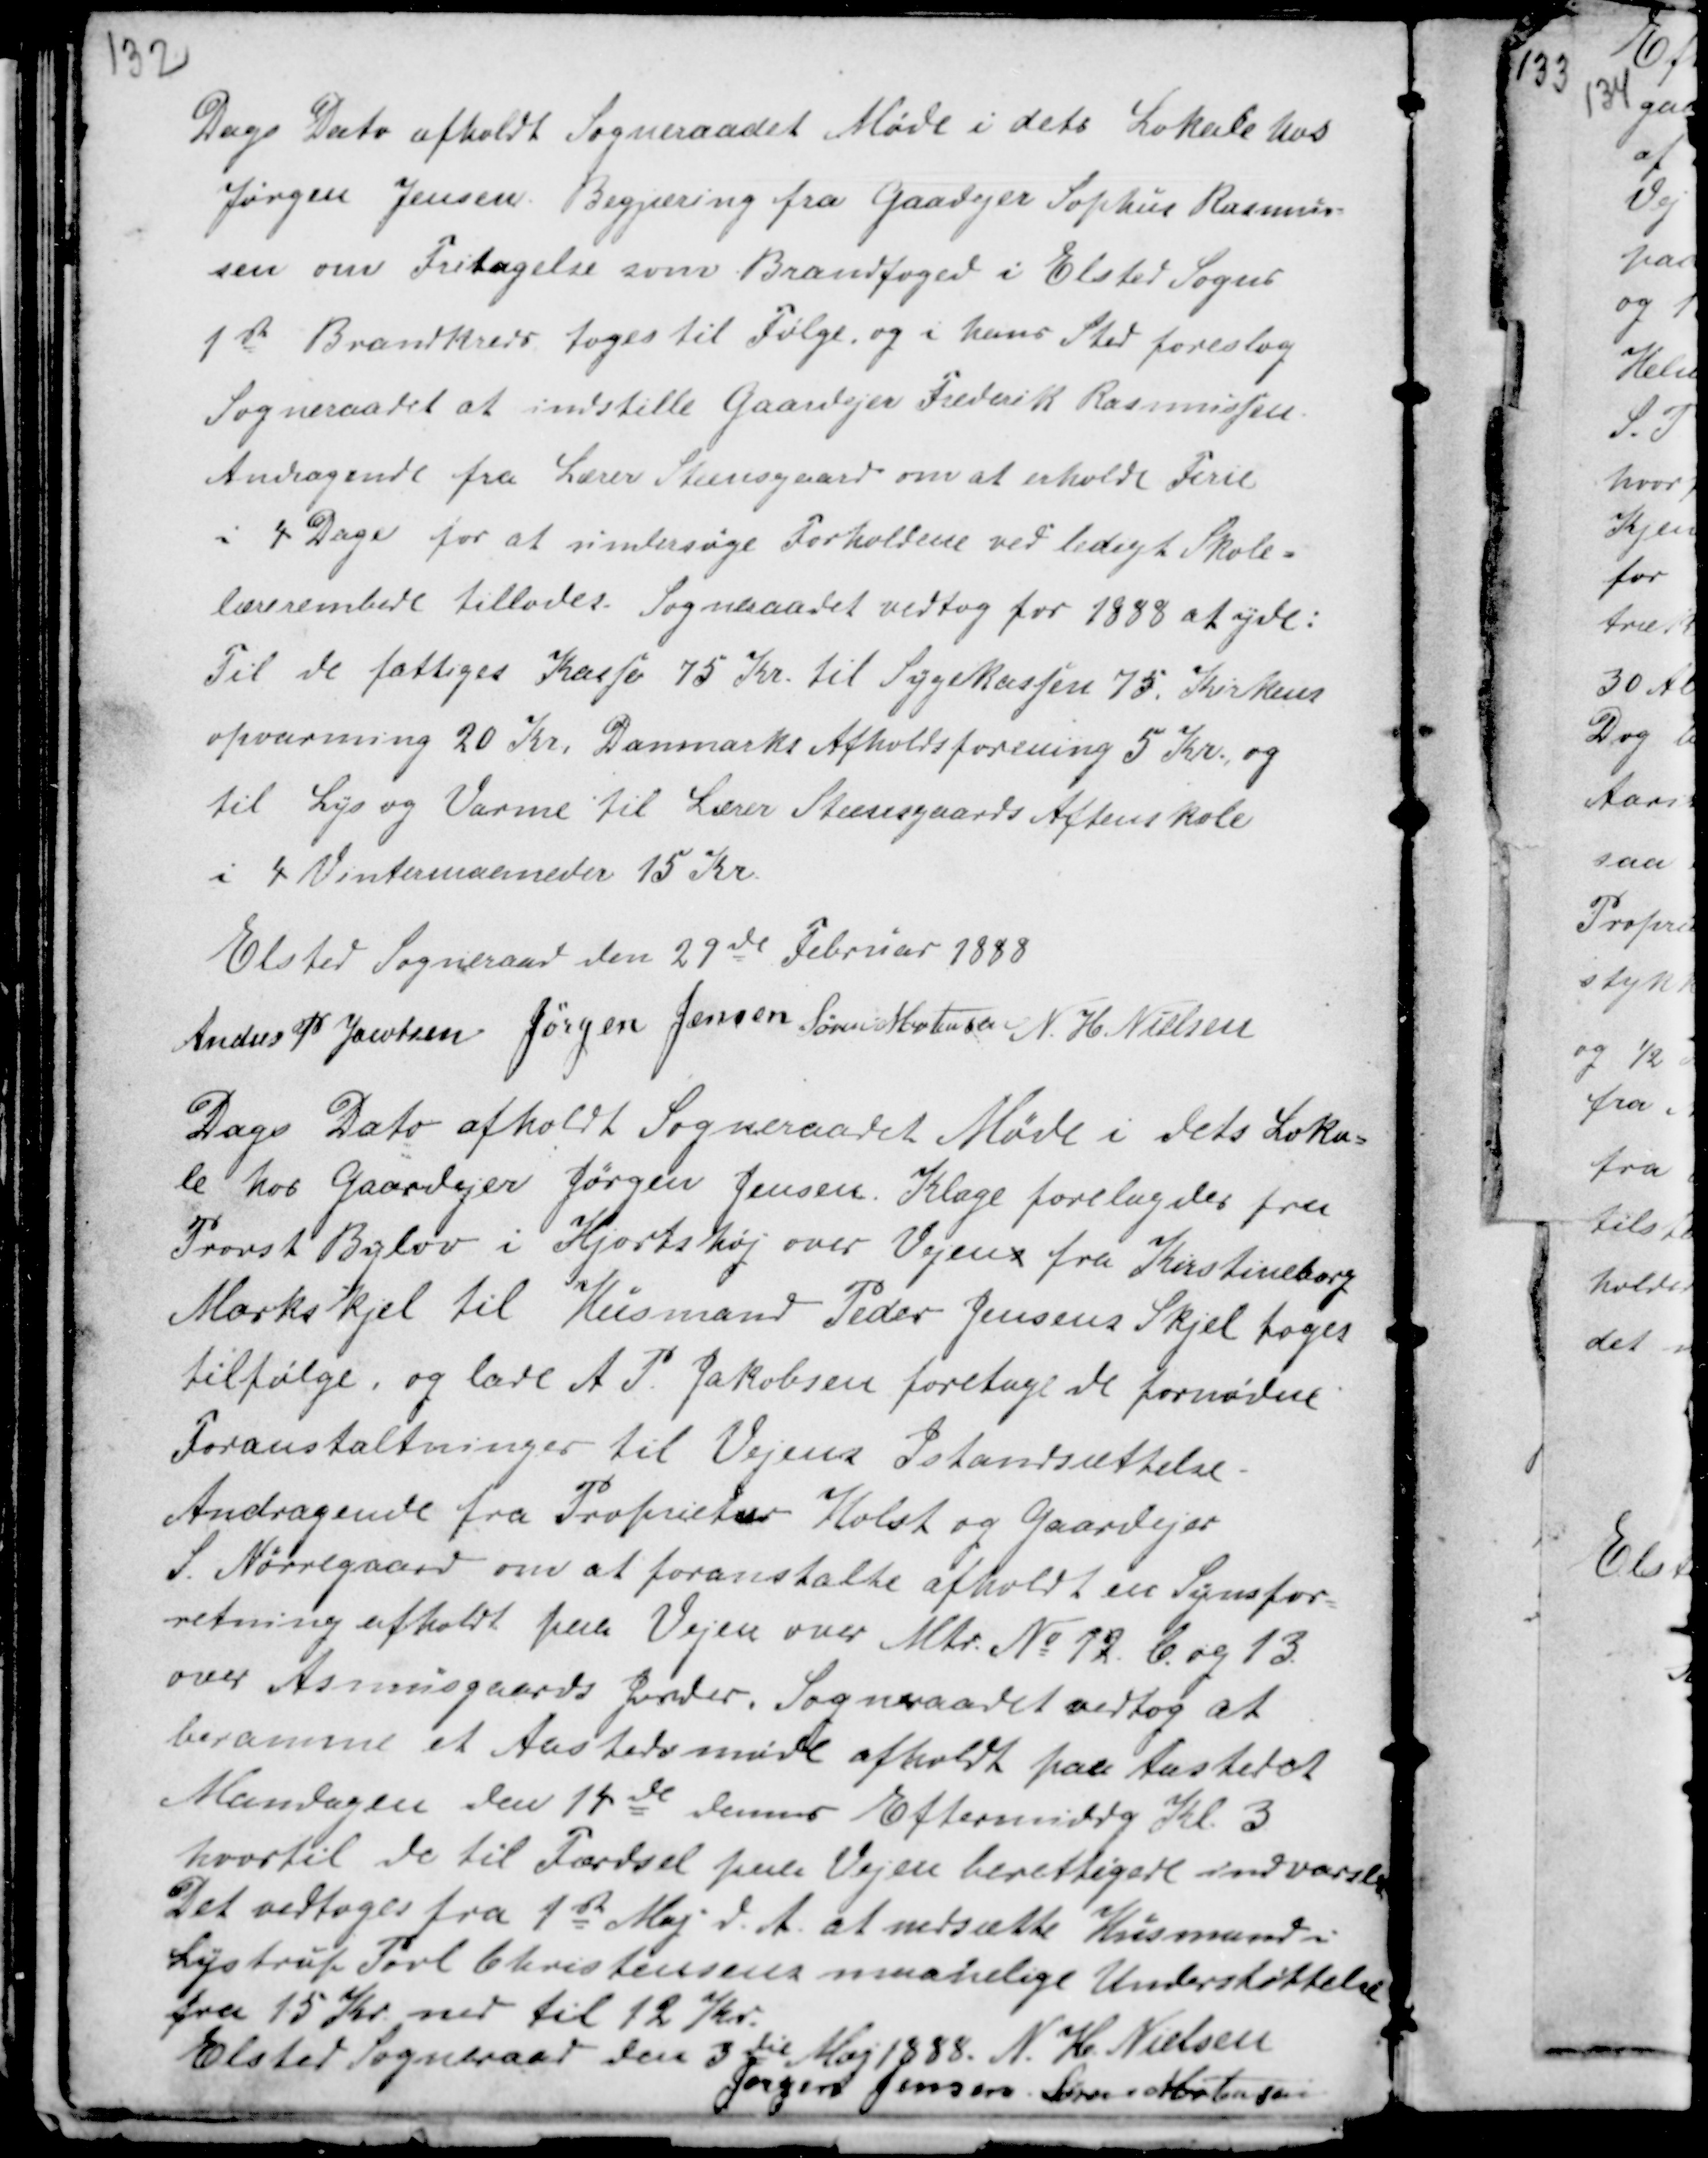
Transskription:
Dags Dato afholdt Sogneraadet Møde i dets Lokale hos
Jørgen Jensen. Begjæring fra Gaardejer Sophus Rasmus-
sen om Fritagelse som Brandfoged i Elsted Sogns
1st Brandkreds toges til Følge, og i hans Sted foreslog
Sogneraadet at indstille Gaardejer Frederik Rasmussen.
Andragende fra Lærer Steensgaard om at erholde Ferie
i 4 Dage for at undersøge Forholdene ved ledigt Skole-
lærerembede tillades. Sogneraadet vedtog for 1888 at yde :
Til de fattiges Kasse 75 Kr. til Sygekassen 75 Kr. Kirkens
opvarmning 20 Kr. Danmarks Afholdsforening 5 Kr., og
til Lys og Varme til Lærer Steensgaards Aftenskole
i 4 Vintermaaneder 15 Kr.

Elsted Sogneraad den 27de Februar 1888
Anders P Jacobsen Jørgen Jensen Søren Mortensen N. H. Nielsen

Dags Dato afholdt Sogneraadet Møde i dets Loka-
le hos Gaardejer Jørgen Jensen. Klage forelagdes fra
Provst Bylov i Hjortshøj over Vejens fra Kirstineborg
Markskjel til Husmand Peder Jensens Skjel toges
tilfølge, og lade A P. Jakobsen foretage de fornødne
Foranstaltninger til Vejens Istandsættelse.
Andragende fra Proprietær Holst og Gaardejer
S. Nørregaard om at foranstalte afholdt en Synsfor-
retning afholdt paa Vejen over Mtr No 12. b og 13
over Asmusgaards Jorder. Sogneraadet vedtog at
beramme et Aastedsmøde afholdt paa Aastedet
Mandagen den 14de dennes Eftermiddag Kl. 3
hvortil de til Færdsel paa Vejen berettigede indvarsles
Det vedtoges fra 1st Maj d.A. at nedsætte Husmand i
Lystrup Povl Christensens maanelige Understøttelse
fra 15 Kr. ned til 12 Kr.
Elsted Sogneraad den 3die Maj 1888. N. H. Nielsen
Jørgen Jensen Søren Mortensen